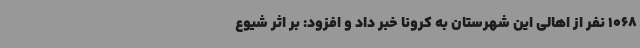
1068 نفر از اهالی این شهرستان به کرونا خبر داد و افزود: بر اثر شیوع